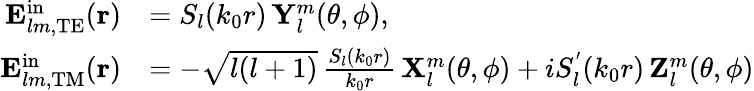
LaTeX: \begin{array}{rl}{\boldsymbol{\mathbf{E}}_{lm,\mathrm{TE}}^{\mathrm{in}}(\boldsymbol{\mathbf{r}})}&{=S_{l}(k_{0}r)\, \boldsymbol{\mathbf{Y}}_{l}^{m}(\theta,\phi),}\\ {\boldsymbol{\mathbf{E}}_{lm,\mathrm{TM}}^{\mathrm{in}}(\boldsymbol{\mathbf{r}})}&{=-\sqrt{l(l+1)}\, \frac{S_{l}(k_{0}r)}{k_{0}r}\, \boldsymbol{\mathbf{X}}_{l}^{m}(\theta,\phi)+iS_{l}^{'}(k_{0}r)\, \boldsymbol{\mathbf{Z}}_{l}^{m}(\theta,\phi)}\end{array}